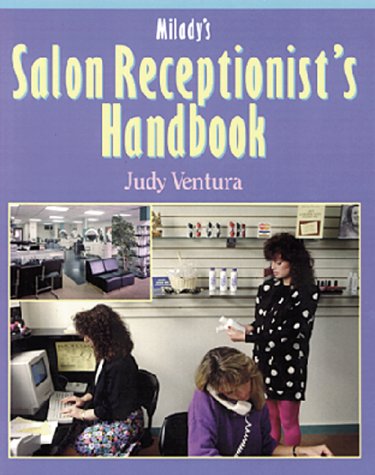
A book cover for Milady's Salon Receptionist's Handbook; Judy Ventura; Business & Money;